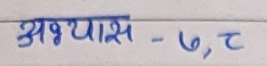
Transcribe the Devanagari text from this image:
अभ्यास - ७, ट